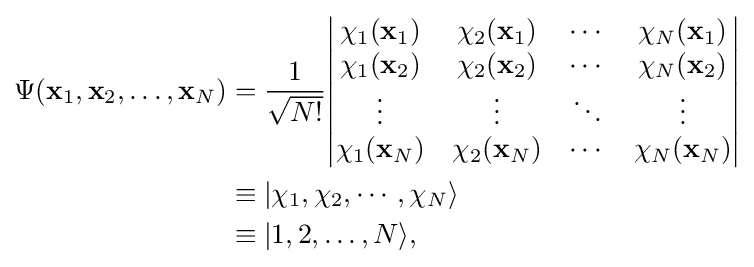
{\begin{aligned}\Psi (\mathbf {x} _{1},\mathbf {x} _{2},\ldots ,\mathbf {x} _{N})&={\frac {1}{\sqrt {N!}}}{\begin{vmatrix}\chi _{1}(\mathbf {x} _{1})&\chi _{2}(\mathbf {x} _{1})&\cdots &\chi _{N}(\mathbf {x} _{1})\\\chi _{1}(\mathbf {x} _{2})&\chi _{2}(\mathbf {x} _{2})&\cdots &\chi _{N}(\mathbf {x} _{2})\\\vdots &\vdots &\ddots &\vdots \\\chi _{1}(\mathbf {x} _{N})&\chi _{2}(\mathbf {x} _{N})&\cdots &\chi _{N}(\mathbf {x} _{N})\end{vmatrix}}\\&\equiv |\chi _{1},\chi _{2},\cdots ,\chi _{N}\rangle \\&\equiv |1,2,\dots ,N\rangle ,\end{aligned}}